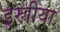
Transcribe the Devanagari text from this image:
इस्त्रीया